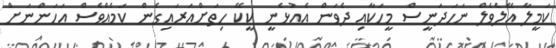
ކަމީލާ އޭލެވެލް ނަހަދަނީސް މީހަކާއި ދެވަން އެއުޅެނީ ކީކޭ ހިތަށްއަރައިގެން ކަމެއްވެސް އަހަންނަށް